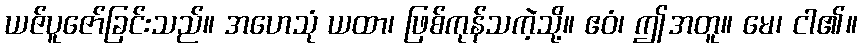
ယဇ်ပူဇော်ခြင်းသည်။ အဟေသုံ ယထာ၊ ဖြစ်ကုန်သကဲ့သို့။ ဧဝံ၊ ဤအတူ။ မေ၊ ငါ၏။